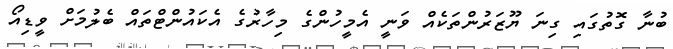
ބުނާ ގޮތުގައި ގިނަ ޔޫޒަރުންތަކެއް ވަނީ އެމީހުންގެ މިހާރުގެ އެކައުންޓްތައް ބެލުމަށް ވީޑިއޯ